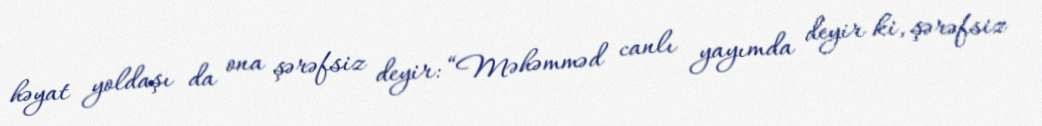
həyat yoldaşı da ona şərəfsiz deyir: “Məhəmməd canlı yayımda deyir ki, şərəfsiz